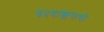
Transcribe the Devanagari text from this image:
वेदवाङ्मयाची